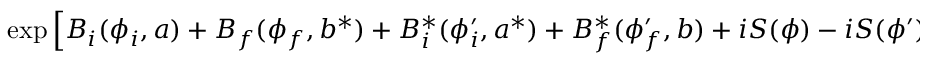
\exp \left[ B _ { i } ( \phi _ { i } , a ) + B _ { f } ( \phi _ { f } , b ^ { * } ) + B _ { i } ^ { * } ( \phi _ { i } ^ { \prime } , a ^ { * } ) + B _ { f } ^ { * } ( \phi _ { f } ^ { \prime } , b ) + i S ( \phi ) - i S ( \phi ^ { \prime } ) \right]